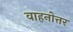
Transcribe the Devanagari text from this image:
वाहनोत्तर